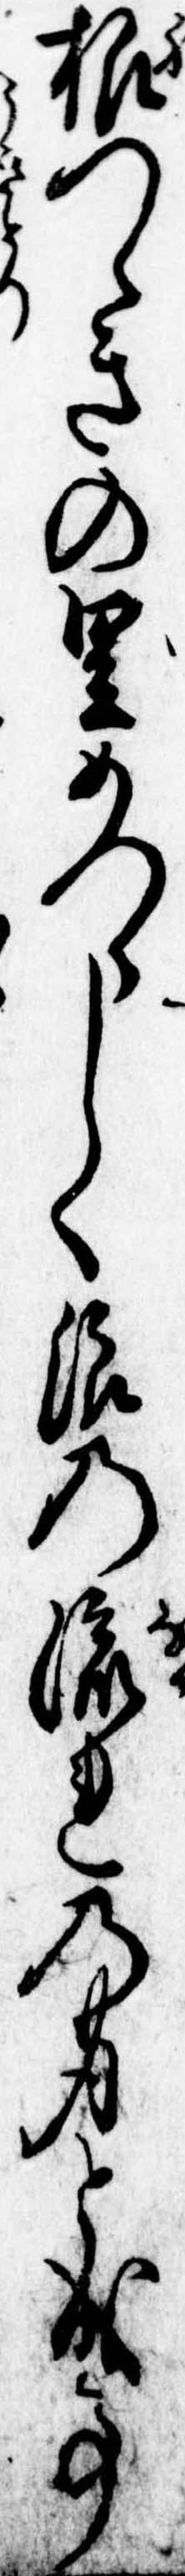
根つゝきの里めつらしく浪の流れの身と成事